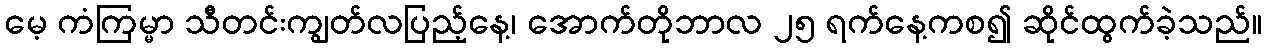
မေ့ ကံကြမ္မာ သီတင်းကျွတ်လပြည့်နေ့၊ အောက်တိုဘာလ ၂၅ ရက်နေ့ကစ၍ ဆိုင်ထွက်ခဲ့သည်။